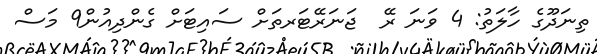
ތިނަދޫގެ ހާލަތު: 4 ވަނަ ރޭ  ޖަނަރޭޓަރތަށް ސައިޓަށް ގެންދިއުން9 މަސް